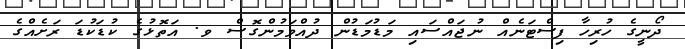
ދޯނީގެ ހުރިހާ ފިސްޓަނެއް ނުޖައްސައި މަޑުމަޑުން ދުއްވަމުންގޮސް ވ. އަތޮޅުގެ ކުޑަކުޑަ ރަށެއްގެ